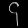
Digit: ၄